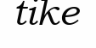
tike